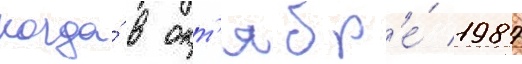
когда́ в окт'ябр'е́ 1987